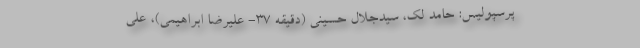
پرسپولیس: حامد لک، سیدجلال حسینی (دقیقه ۳۷- علیرضا ابراهیمی)، علی